Tartu_pedagoogiumi_aruanded, lk 25
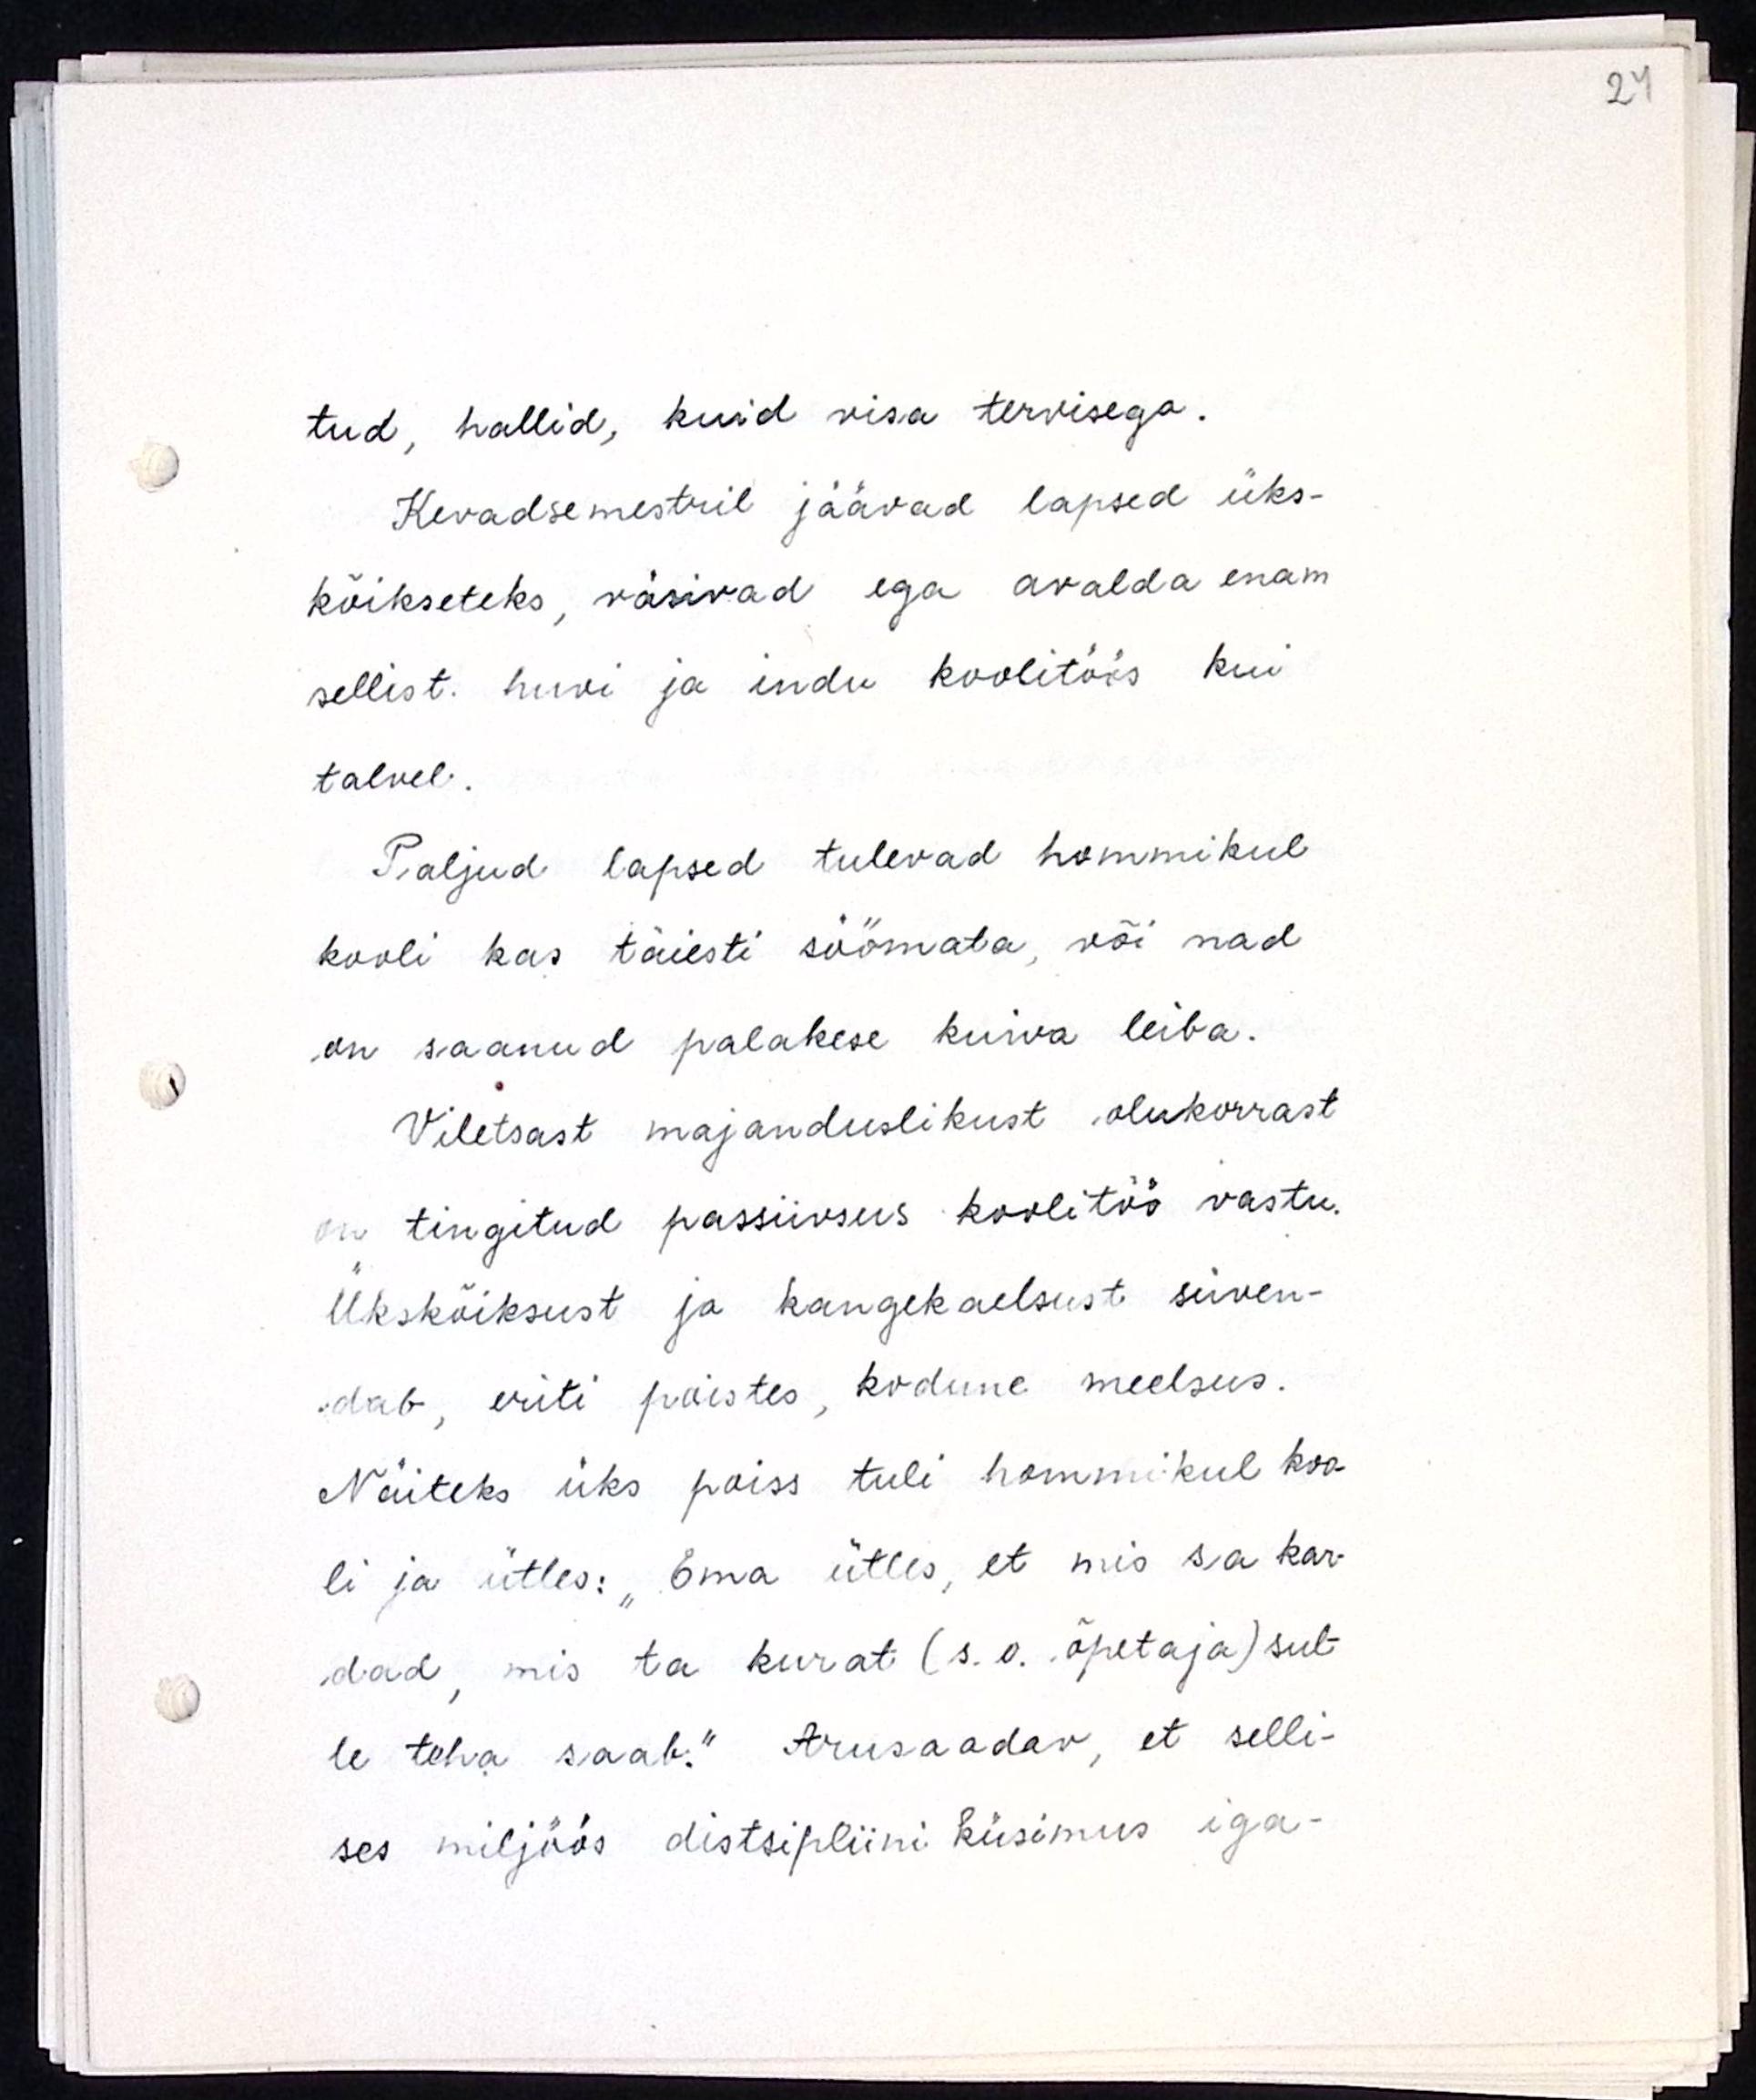
tud, hallid, kuid visa tervisega.
Kevadsemestril jäävad lapsed üks-
kõikseteks, väsivad ega avalda enam
sellist huvi ja indu koolitöös kui
talvel.
Paljud lapsed tulevad hommikul
kooli kas täiesti söömata, või nad
on saanud palakese kuiva leiba.
Viletsast majanduslikust olukorrast
on tingitud passiivsus koolitöö vastu.
Ükskõiksust ja kangekaelsust süven-
dab, eriti poistes, kodune meelsus.
Näiteks üks poiss tuli hommikul koo-
li ja ütles: "Ema ütles, et mis sa kar-
dad, mis ta kurat (s.o. õpetaja) sul-
le teha saab." Arusaadav, et selli-
ses miljöös distsipliini küsimus iga-